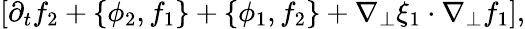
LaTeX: \left[\partial_{t}f_{2}+\{ \phi_{2},f_{1}\} +\{ \phi_{1},f_{2}\} +\nabla_{\perp}\xi_{1}\cdot\nabla_{\perp}f_{1}\right],